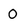
Character: O